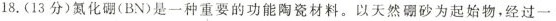
18.(13分)氮化硼(BN)是一种重要的功能陶瓷材料。以天然硼砂为起始物，经过一